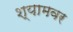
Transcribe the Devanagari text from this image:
श्यामवर